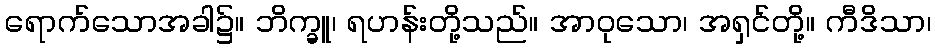
ရောက်သောအခါ၌။ ဘိက္ခူ၊ ရဟန်းတို့သည်။ အာဝုသော၊ အရှင်တို့။ ကီဒိသာ၊